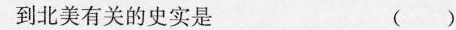
到北美有关的史实是 ( )